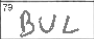
Transcription: BUL